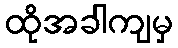
ထိုအခါကျမှ